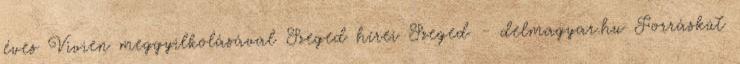
éves Vivien meggyilkolásával Szeged hírei Szeged - delmagyar.hu Forráskút